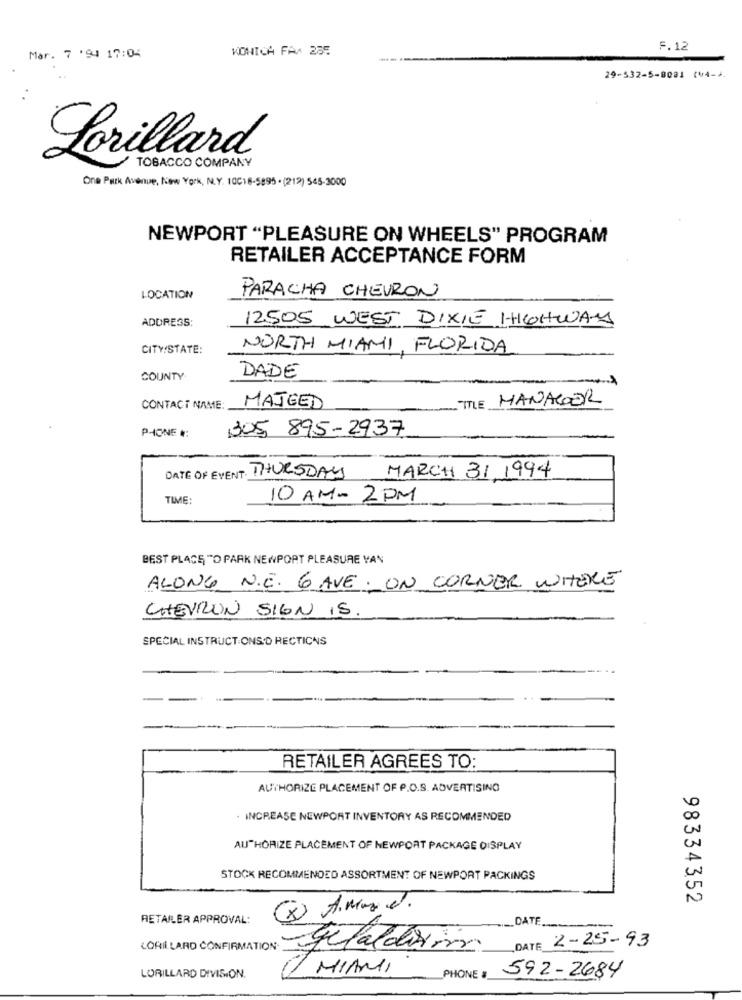
KONICA FAX 235
F.12
Mar. 7 '94 17:04
29-532-5-8081 (VA->
Lorillard
TOBACCO COMPANY
One Park Avenue, New York, N.Y. 10018-5895 . (212) 545-3000
NEWPORT "PLEASURE ON WHEELS" PROGRAM
RETAILER ACCEPTANCE FORM
LOCATION
PARACHA CHEVRON
ADDRESS:
12505 WEST DIXIE HIGHWAY
CITY/STATE:
NORTH MIAMI, FLORIDA
COUNTY
DADE
TTLE MANAGER
CONTACT NAME:
MAJEED
PHONE #:
305) 895-2937
MARCH 31. 1994
DATE OF EVENT: THURSDAY
TIME:
10 AM- 2PM
BEST PLACE "O PARK NEWPORT PLEASURE VAN
ALONG N.E. 6 AVE . UN CORNER WHERE
CHEVRON SIGN IS.
SPECIAL INSTRUCTIONS'D RECTICNS
RETAILER AGREES TO:
AUTHORIZE PLACEMENT OF P.O.S. ADVERTISING
. INCREASE NEWPORT INVENTORY AS RECOMMENDED
AUTHORIZE PLACEMENT OF NEWPORT PACKAGE DISPLAY
STOCK RECOMMENDED ASSORTMENT OF NEWPORT PACKINGS
98334352
8 Ammed.
RETAILER APPROVAL:
_DATE
DATE 2-25-93
Felaldrin
/ MIAMI
592-2684
LORILLARD DIVISION.
PHONE :